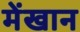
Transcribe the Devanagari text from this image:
मेंखान